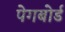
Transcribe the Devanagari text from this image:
पेगबोर्ड